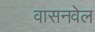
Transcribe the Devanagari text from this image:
वासनवेल